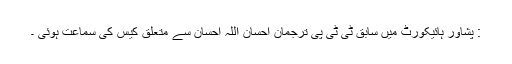
: پشاور ہائیکورٹ میں سابق ٹی ٹی پی ترجمان احسان اللہ احسان سے متعلق کیس کی سماعت ہوئی ۔